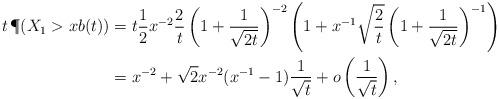
LaTeX: \begin{align*}t\,\P(X_{1}>xb(t)) & = t \frac 12 x^{{-2}} \frac{2}{t}\left(1+\frac1{\sqrt {2t}}\right)^{-2} \left(1+x^{-1}{\sqrt \frac 2t} \left(1+ \frac{1}{\sqrt{2t}}\right)^{-1}\right)\\ & = x^{-2} + \sqrt{2}x^{-2}(x^{-1}-1) \frac 1{\sqrt t} + o\left(\frac 1{\sqrt t}\right),\end{align*}